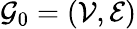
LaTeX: \mathcal{G}_{0}=(\mathcal{V},\mathcal{E})